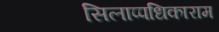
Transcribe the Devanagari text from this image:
सिलाप्पधिकाराम